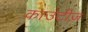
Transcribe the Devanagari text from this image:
काउंटीज़